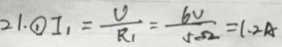
2 1 . \textcircled { 1 } I _ { 1 } = \frac { v } { R _ { 1 } } = \frac { 6 v } { 5 \Omega } = 1 . 2 A